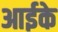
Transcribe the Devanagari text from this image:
आईके